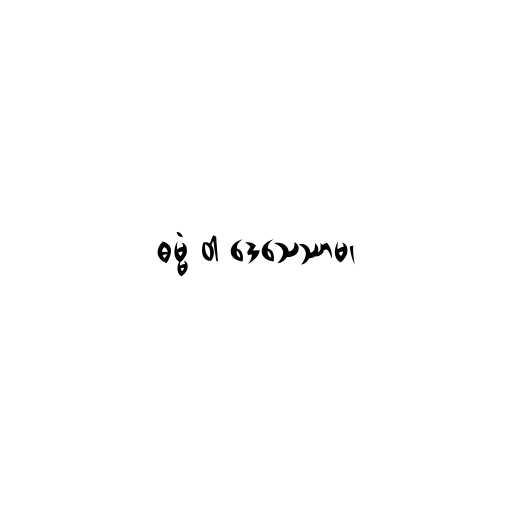
ဓမ္မံ ဝါ ဒေသေဿာမ၊